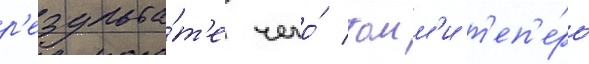
р'езульта́т'е чего́ томм'и т'еп'е́рь